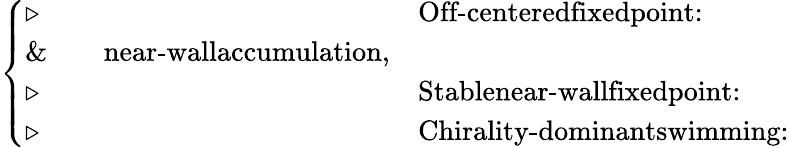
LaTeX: \begin{array}{r}{\left\{ \begin{array}{ll}{\triangleright\, \, }&{\textrm{Off-centeredfixedpoint:}}\\ {\& \quad\quad\textrm{near-wallaccumulation,}}\\ {\triangleright\, \, }&{\textrm{Stablenear-wallfixedpoint:}}\\ {\triangleright\, \, }&{\textrm{Chirality-dominantswimming:}}\end{array}\right.}\end{array}